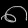
Digit: ၈